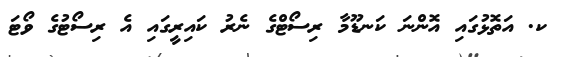
ކ. އަތޮޅުގައި އޮންނަ ކަނޑޫމާ ރިސޯޓްގެ ނެރު ކައިރީގައި އެ ރިސޯޓުގެ ވޯޓަ